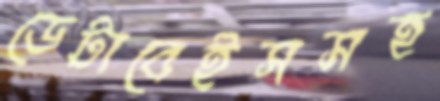
ডেটাবেইসসহ